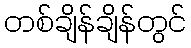
တစ်ချိန်ချိန်တွင်